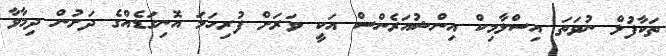
ތަކާފުލް ނުވަތަ އިސްލާމިކް އިންޝުއަރެންސް އަކީ ވަރަށް ފުރިހަމަ އޮނިގަޑެއްގެ ދަށުން ދިމާވާ